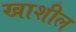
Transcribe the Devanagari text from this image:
खाशील